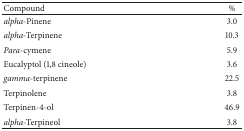
| Compound | % |
 | --- | --- |
 | alpha-Pinene | 3.0 |
 | alpha-Terpinene | 10.3 |
 | Para-cymene | 5.9 |
 | Eucalyptol (1,8 cineole) | 3.6 |
 | gamma-terpinene | 22.5 |
 | Terpinolene | 3.8 |
 | Terpinen-4-ol | 46.9 |
 | alpha-Terpineol | 3.8 |